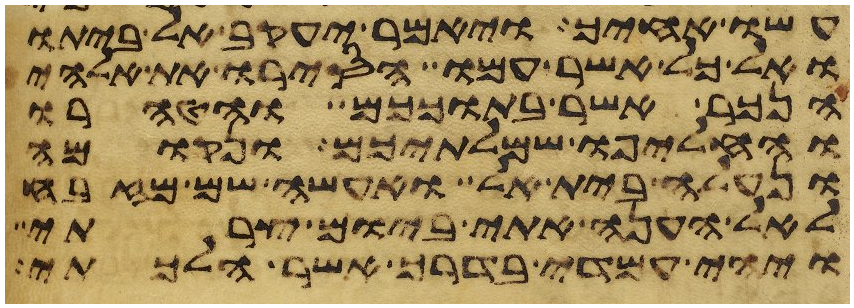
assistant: עשו אחיך ויאמר יעקב אל ביתו
ואל כל אשר עמו הסירו את אלהי
הנכר אשר בתוככם והטהרו
והחליפו שמלתיכם ונקומה
ונעלה בית אל ואעשה שם מזבח
לאל הענה אתי ביום צרתי
ויהי עמדי בדרך אשר הלכתי